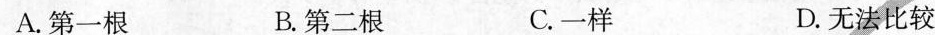
A.第一根 B.第二根 C.一样 D.无法比较